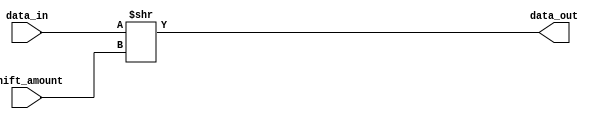
module arithmetic_block (
  input signed [7:0] data_in,
  input [3:0] shift_amount,
  output reg signed [7:0] data_out
);

always @* begin
  data_out = data_in >> shift_amount;
end

endmodule